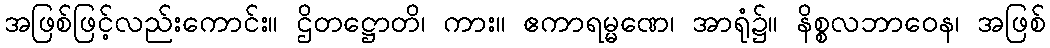
အဖြစ်ဖြင့်လည်းကောင်း။ ဌိတဋ္ဌောတိ၊ ကား။ ဧကာရမ္မဏေ၊ အာရုံ၌။ နိစ္စလဘာဝေန၊ အဖြစ်